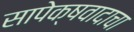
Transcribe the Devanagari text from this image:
सापेक्षवादाचा